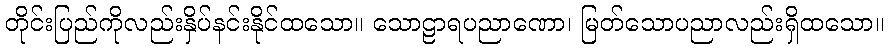
တိုင်းပြည်ကိုလည်းနှိပ်နင်းနိုင်ထသော။ သောဠာရပညာဏော၊ မြတ်သောပညာလည်းရှိထသော။